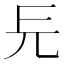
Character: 㒫